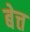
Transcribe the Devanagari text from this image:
बेत्त